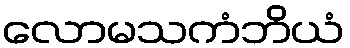
လောမသကံဘိယံ